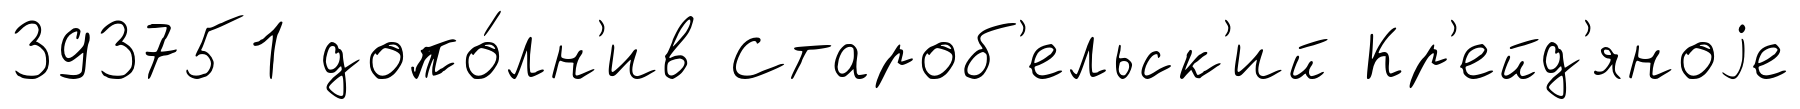
393751 допо́лн'ив Староб'ельск'ий Кр'ейд'яноjе